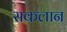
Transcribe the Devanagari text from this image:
सकलान